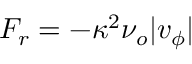
F _ { r } = - \kappa ^ { 2 } \nu _ { o } | v _ { \phi } |